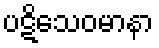
ပဋိသေဝမာနာ